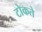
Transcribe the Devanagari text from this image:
टोकते